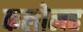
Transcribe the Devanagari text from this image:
कलोलह